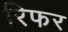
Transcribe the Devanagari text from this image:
रिफर